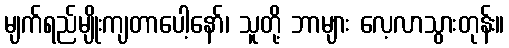
မျက်ရည်မျိုးကျတာပေါ့နော်၊ သူတို့ ဘာများ လေ့လာသွားတုန်း။